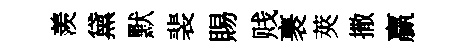
羨黛默裴賜贱裹莢撒贏